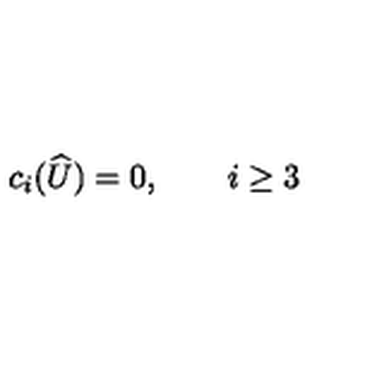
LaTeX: c _ { i } ( \widehat { U } ) = 0 , \qquad i \geq 3